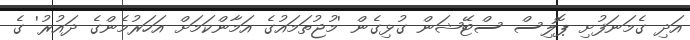
އަދި ގެމަނަފުށި ޕޮލިސް ސްޓޭޝަން ގުޅިގެން 'މުޖުތަމައުގެ އަމާންކަމަށް އަހަރުމެންގެ ދައުރު' ގެ